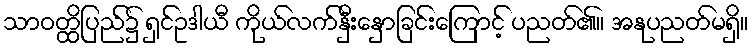
သာဝတ္ထိပြည်၌ ရှင်ဥဒါယီ ကိုယ်လက်နှီးနှောခြင်းကြောင့် ပညတ်၏။ အနုပညတ်မရှိ။